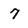
Character: 7